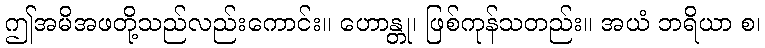
ဤအမိအဖတို့သည်လည်းကောင်း။ ဟောန္တု၊ ဖြစ်ကုန်သတည်း။ အယံ ဘရိယာ စ၊